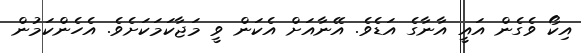
އިކޯ ވެގެން އައީ އާނާގެ އަޑެވެ. އޭނާއަށް އެކަން ވީ މަޖާކަމަކަށެވެ. އެހެންކަމުން